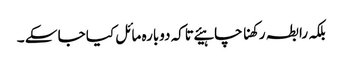
بلکہ رابطہ رکھنا چاہیئے تاکہ دوبارہ مائل کیا جا سکے ۔